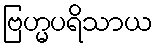
ဗြဟ္မပရိသာယ